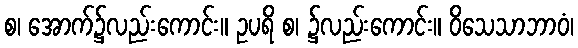
စ၊ အောက်၌လည်းကောင်း။ ဥပရိ စ၊ ၌လည်းကောင်း။ ဝိသေသာဘာဝံ၊